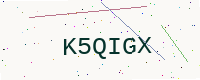
Text: K5QIGX